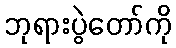
ဘုရားပွဲတော်ကို